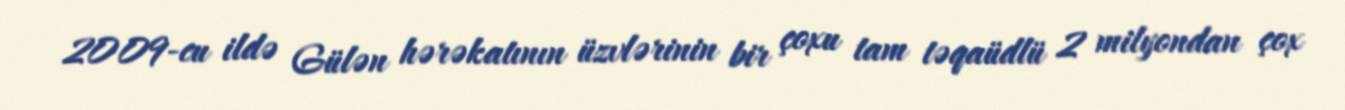
2009-cu ildə Gülən hərəkatının üzvlərinin bir çoxu tam təqaüdlü 2 milyondan çox